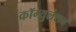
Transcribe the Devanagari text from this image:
कॉग्युलेशन